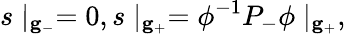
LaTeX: s\mid_{{\mathbf g}_{-}}=0,s\mid_{{\mathbf g}_{+}}=\phi^{-1}P_{-}\phi\mid_{{\mathbf g}_{+}},